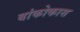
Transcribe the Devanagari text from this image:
बांकोकास